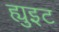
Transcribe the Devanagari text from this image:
ह्युइट